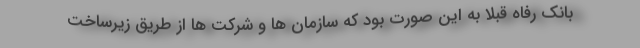
بانک رفاه قبلاً به این صورت بود که سازمان ها و شرکت ها از طریق زیرساخت